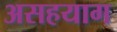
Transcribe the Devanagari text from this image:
असहयाग